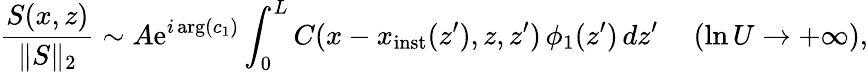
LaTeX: \frac{S(x,z)}{\| S\| _{2}}\sim A\mathrm{e}^{i\arg(c_{1})}\int_{0}^{L}C(x-x_{\mathrm{inst}}(z^{\prime}),z,z^{\prime})\, \phi_{1}(z^{\prime})\, dz^{\prime}\ \ \ \ \ (\ln U\to+\infty),